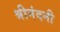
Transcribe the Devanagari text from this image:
श्रीनंदनी